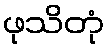
ဖုသိတုံ